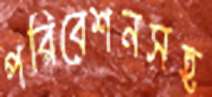
পরিবেশনসহ